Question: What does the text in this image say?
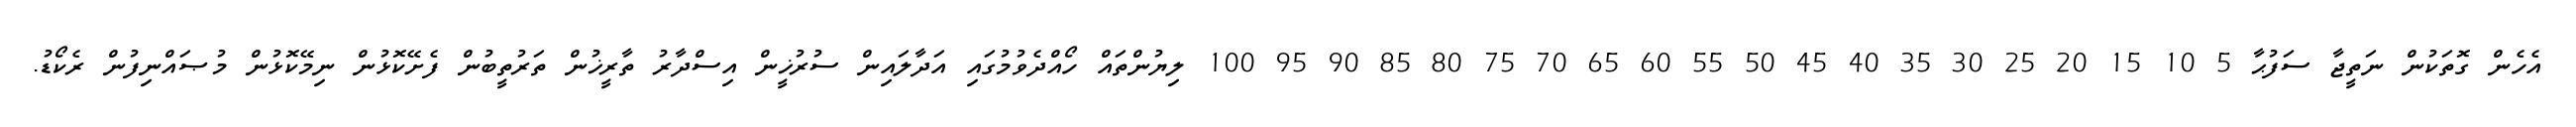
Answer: އެހެން ގޮތަކުން ނަތީޖާ ސަފުޙާ 5 10 15 20 25 30 35 40 45 50 55 60 65 70 75 80 85 90 95 100 ލިޔުންތައް ހޯއްދެވުމުގައި އަދާލައިން ސުރުޚީން އިސްދާރު ތާރީޚުން ތަރުތީބުން ފެށޭކޮޅުން ނިމޭކޮޅުން މުޞައްނިފުން ރެކޯޑު.